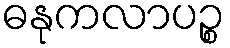
ဓနုကလာပဉ္စ